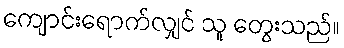
ကျောင်းရောက်လျှင် သူ တွေးသည်။